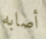
أصابه